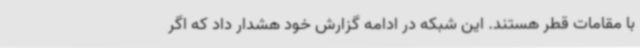
با مقامات قطر هستند. این شبکه در ادامه گزارش خود هشدار داد که اگر